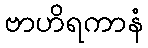
ဗာဟိရကာနံ